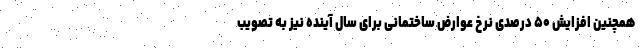
همچنین افزایش ۵۰ درصدی نرخ عوارض ساختمانی برای سال آینده نیز به تصویب